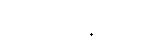
ယူကရိန်းနိုင်ငံ၏